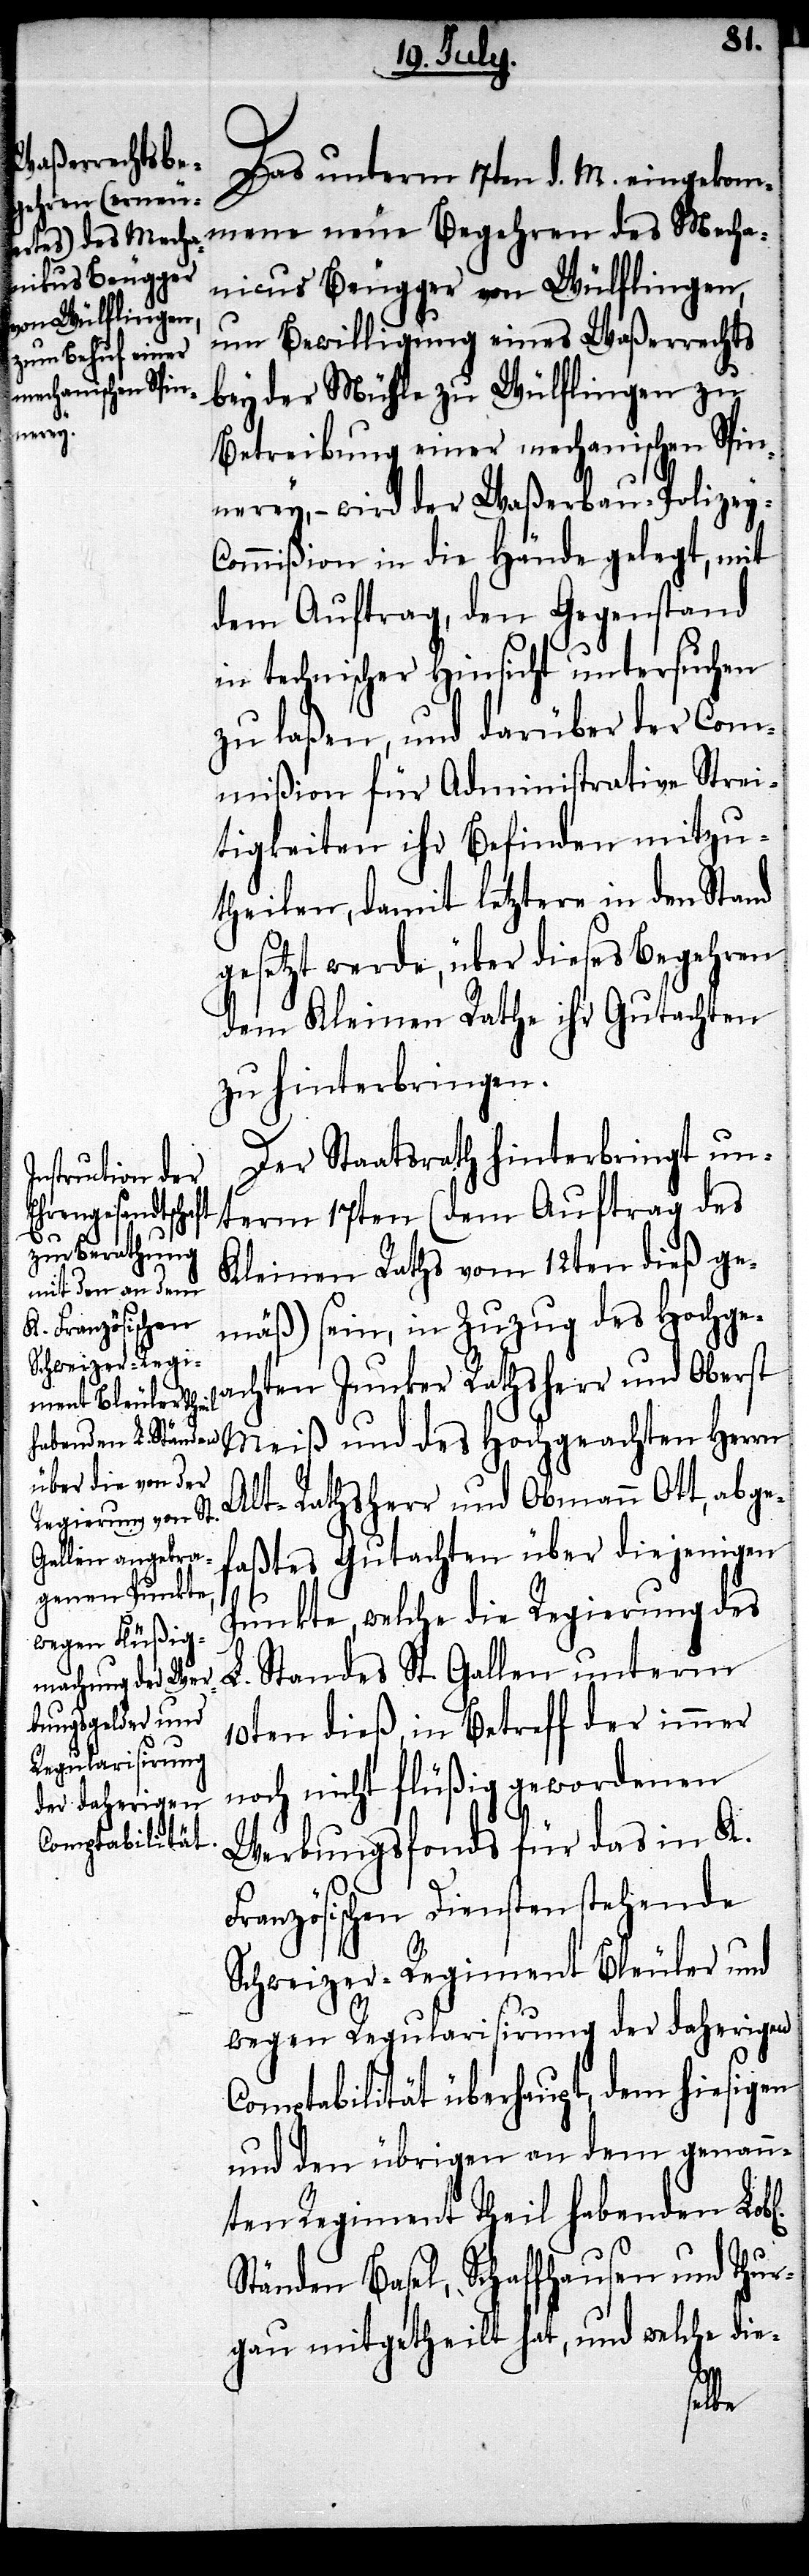
Das unterm 17ten d. M. eingekomme¬
ne neue Bege¬
nicus Beugger von Wülflingen,
um Bewilligung eines Waßerrechts
bey der Mühle zu Wülflingen zu
l[ichen]
Betreibung einer mechanischen Spin¬
nerey, – wird der Waßerbau-Polizey-C¬
ommißion in die Hände gelegt, mit
dem Auftrag, den Gegenstand
in technischer Hinsicht untersuchen
zu laßen, und darüber der Com¬
mißion für Administrative Strei¬
tigkeiten ihr Befinden mitzu¬
theilen, damit letztere in den Stand
gesetzt werde, über dieses Begehren
dem Kleinen Rathe ihr Gutachten
zu hinterbringen.
Der Staatsrath hinterbringt un¬
hren des Mecha¬
term 17ten (dem Auftrag des
Kleinen Raths vom 12ten dieß ge¬
mäß) sein, in Zuzug des Hochge¬
achten Junker Rathsherr und Oberst
Meiß und des Hochgeachten Herrn
Alt-Rathsherr und Obmann Ott, abge¬
faßtes Gutachten über diejenigen
Punkte, welche die Regierung des
L. Standes St. Gallen unterm
10ten dieß, in Betreff der immer
noch nicht flüßig gewordenen
Werbungsfonds für das in K.
Französischen Diensten stehende
Schweizer-Regiment Bleuler und
wegen Regularisirung der daherigen
Comptabilität überhaupt, dem hiesigen
und den übrigen an dem genann¬
ten Regiment Theil habenden Lob¬
Ständen Basel, Schaffhausen und Thur¬
gau mitgetheilt hat, und welche die-